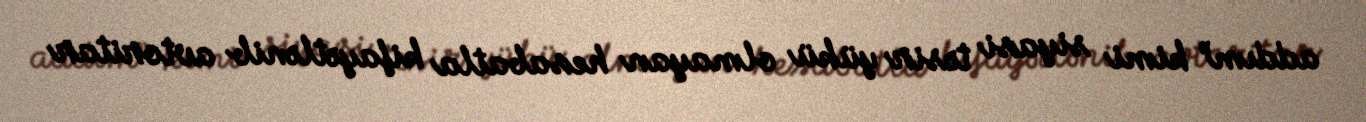
addım” kimi siyasi təsir yükü olmayan hesabatla kifayətlənib avtoritar